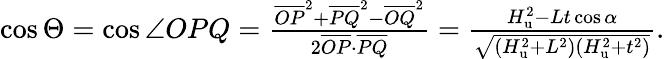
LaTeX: \begin{array}{r}{\cos\Theta=\cos\angle OPQ=\frac{\overline{{OP}}^{2}+\overline{{PQ}}^{2}-\overline{{OQ}}^{2}}{2\overline{{OP}}\cdot\overline{{PQ}}}=\frac{H_{\mathrm{u}}^{2}-Lt\cos\alpha}{\sqrt{\left(H_{\mathrm{u}}^{2}+L^{2}\right)\left(H_{\mathrm{u}}^{2}+t^{2}\right)}}.}\end{array}